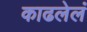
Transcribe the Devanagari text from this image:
काढलेलं